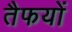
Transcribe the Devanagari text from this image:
तैफयों